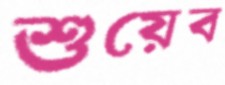
শুয়েব